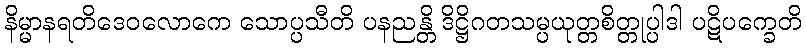
နိမ္မာနရတိဒေဝလောကေ သောပ္ပသီတိ ပနညန္တိ ဒိဋ္ဌိဂတသမ္ပယုတ္တစိတ္တုပ္ပါဒါ ပဋိပက္ခေတိ